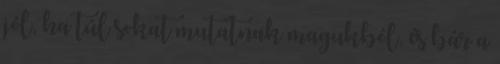
jól, ha túl sokat mutatnak magukból, és bár a